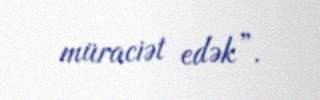
müraciət edək”.